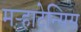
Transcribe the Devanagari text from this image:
मऱ्हाटेन्सिस